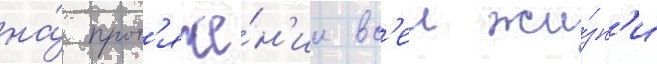
на́ прот'яже́н'ии вс'еи жи́зн'и